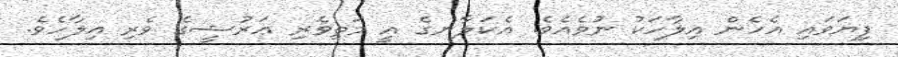
ފިޔަވައި އެހެން އިލާހަކު ނުވެއެވެ. އެކަލާނގެ އީ މަތިވެރި ޢަރުޝީގެ ވެރި އިލާހެވެ.